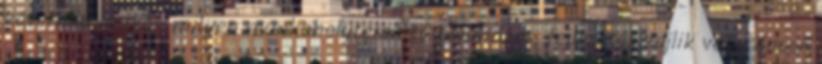
követheti, mikor, milyen munkahelyteremtő beruházás, fejlesztés zajlik vagy éppen